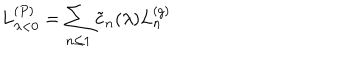
L _ { \lambda < 0 } ^ { ( P ) } = \sum _ { n \leq 1 } \tilde { c } _ { n } ( \lambda ) L _ { n } ^ { ( g ) }